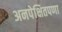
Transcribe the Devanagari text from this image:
अनपेक्षितपणा